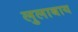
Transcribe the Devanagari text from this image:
लुलाबाय